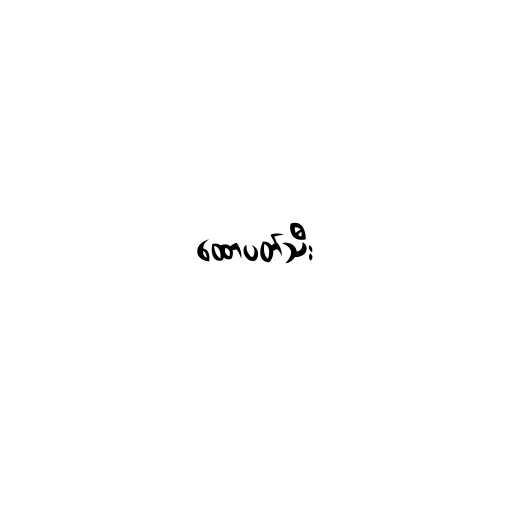
ထောပတ်သီး